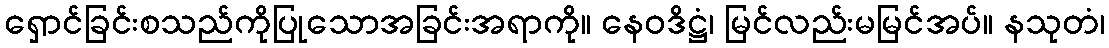
ရှောင်ခြင်းစသည်ကိုပြုသောအခြင်းအရာကို။ နေဝဒိဋ္ဌံ၊ မြင်လည်းမမြင်အပ်။ နသုတံ၊